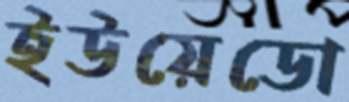
ইউয়েডো